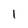
Character: 1